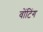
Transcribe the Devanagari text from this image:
वोंटिंग